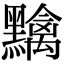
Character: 𪒭